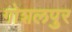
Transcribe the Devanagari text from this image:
गोशलपुर